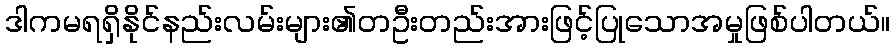
ဒါကမရရှိနိုင်နည်းလမ်းများ၏တဦးတည်းအားဖြင့်ပြုသောအမှုဖြစ်ပါတယ်။